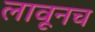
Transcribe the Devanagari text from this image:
लावूनच